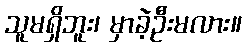
သူမရှိဘူး၊ မှာခဲ့ဦးမလား။